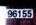
96155